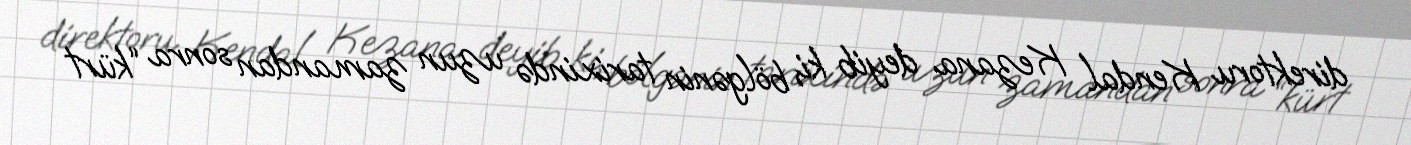
direktoru Kendal Kezana deyib ki, bölgənin tarixində uzun zamandan sonra “kürt